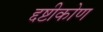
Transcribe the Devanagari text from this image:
द्दष्टीकोण